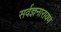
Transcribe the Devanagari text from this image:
सर्वज्ञनारायण